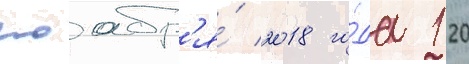
ноабр'я́ 2018 го́да 120